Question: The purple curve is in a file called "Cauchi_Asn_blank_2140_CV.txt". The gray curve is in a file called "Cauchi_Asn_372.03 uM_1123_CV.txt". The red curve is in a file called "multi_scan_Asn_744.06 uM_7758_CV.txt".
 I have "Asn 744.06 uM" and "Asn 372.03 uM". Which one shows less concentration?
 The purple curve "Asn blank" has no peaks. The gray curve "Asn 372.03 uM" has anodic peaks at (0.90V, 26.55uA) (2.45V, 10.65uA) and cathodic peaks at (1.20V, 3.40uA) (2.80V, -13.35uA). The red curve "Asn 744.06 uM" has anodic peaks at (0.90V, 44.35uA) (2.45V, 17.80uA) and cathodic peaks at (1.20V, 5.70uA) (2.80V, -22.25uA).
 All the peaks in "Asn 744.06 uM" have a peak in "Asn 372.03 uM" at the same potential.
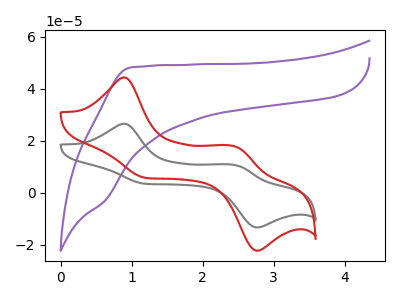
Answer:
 <answer>I cant tell if "Asn 744.06 uM" or "Asn 372.03 uM" has higher concentration.</answer>
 <eval>mixed_concentration</eval>